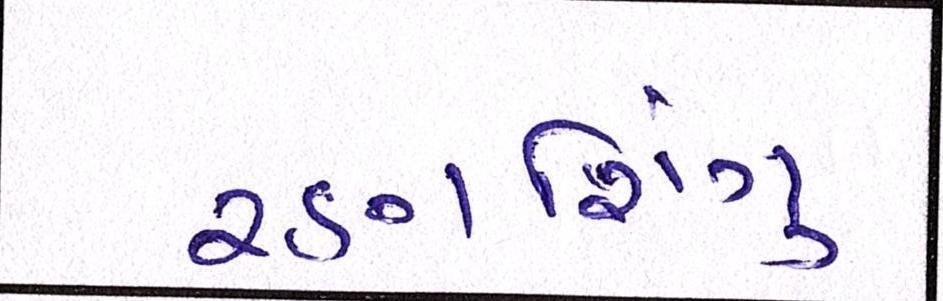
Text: રણશિંગુ